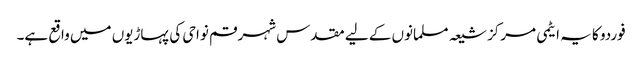
فوردو کا یہ ایٹمی مرکز شیعہ مسلمانوں کے لیے مقدس شہر قم نواحی کی پہاڑیوں میں واقع ہے۔